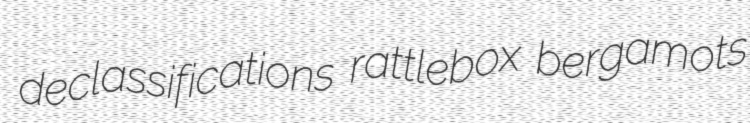
declassifications rattlebox bergamots